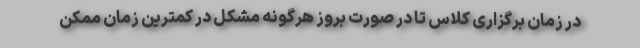
در زمان برگزاری کلاس تا در صورت بروز هرگونه مشکل در کمترین زمان ممکن